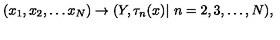
( x _ { 1 } , x _ { 2 } , \ldots x _ { N } ) \rightarrow ( Y , \tau _ { n } ( x ) | \ n = 2 , 3 , \ldots , N ) ,